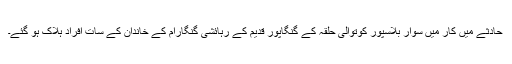
حادثے میں کار میں سوار بلاسپور کوتوالی حلقہ کے گنگاپور قدیم کے رہائشی گنگارام کے خاندان کے سات افراد ہلاک ہو گئے۔